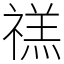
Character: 禚